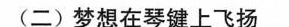
(二)梦想在琴键上飞扬